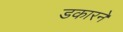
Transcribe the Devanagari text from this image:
डकारने